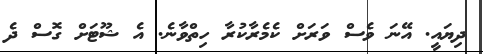
ދިޔައީ. އޭނަ ވެސް ވަރަށް ކެމެރާކުރާ ހިތްވާނެ. އެ ޝޫޓަށް ގޮސް ދެ